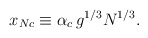
\begin{align*}x_{Nc}\equiv\alpha_c\,g^{1/3}N^{1/3}.\end{align*}